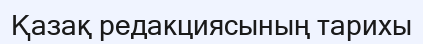
Қазақ редакциясының тарихы